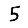
Digit: 5